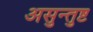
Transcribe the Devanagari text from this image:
असुन्तुष्ट